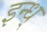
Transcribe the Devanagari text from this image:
इन्ध्‌